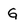
Character: G